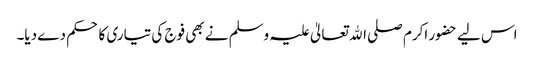
اس لیے حضور اکرم صلی اﷲ تعالیٰ علیہ وسلم نے بھی فوج کی تیاری کا حکم دے دیا۔